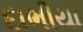
દાભીયા